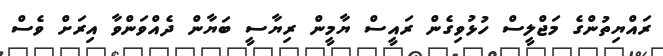
ރައްޔިތުންގެ މަޖްލީސް ހުޅުވިގެން ރައީސް ޔާމީން ރިޔާސީ ބަޔާން ދެއްްވަންވާ އިރަށް ވެސް